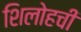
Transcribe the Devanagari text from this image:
शिलोहची